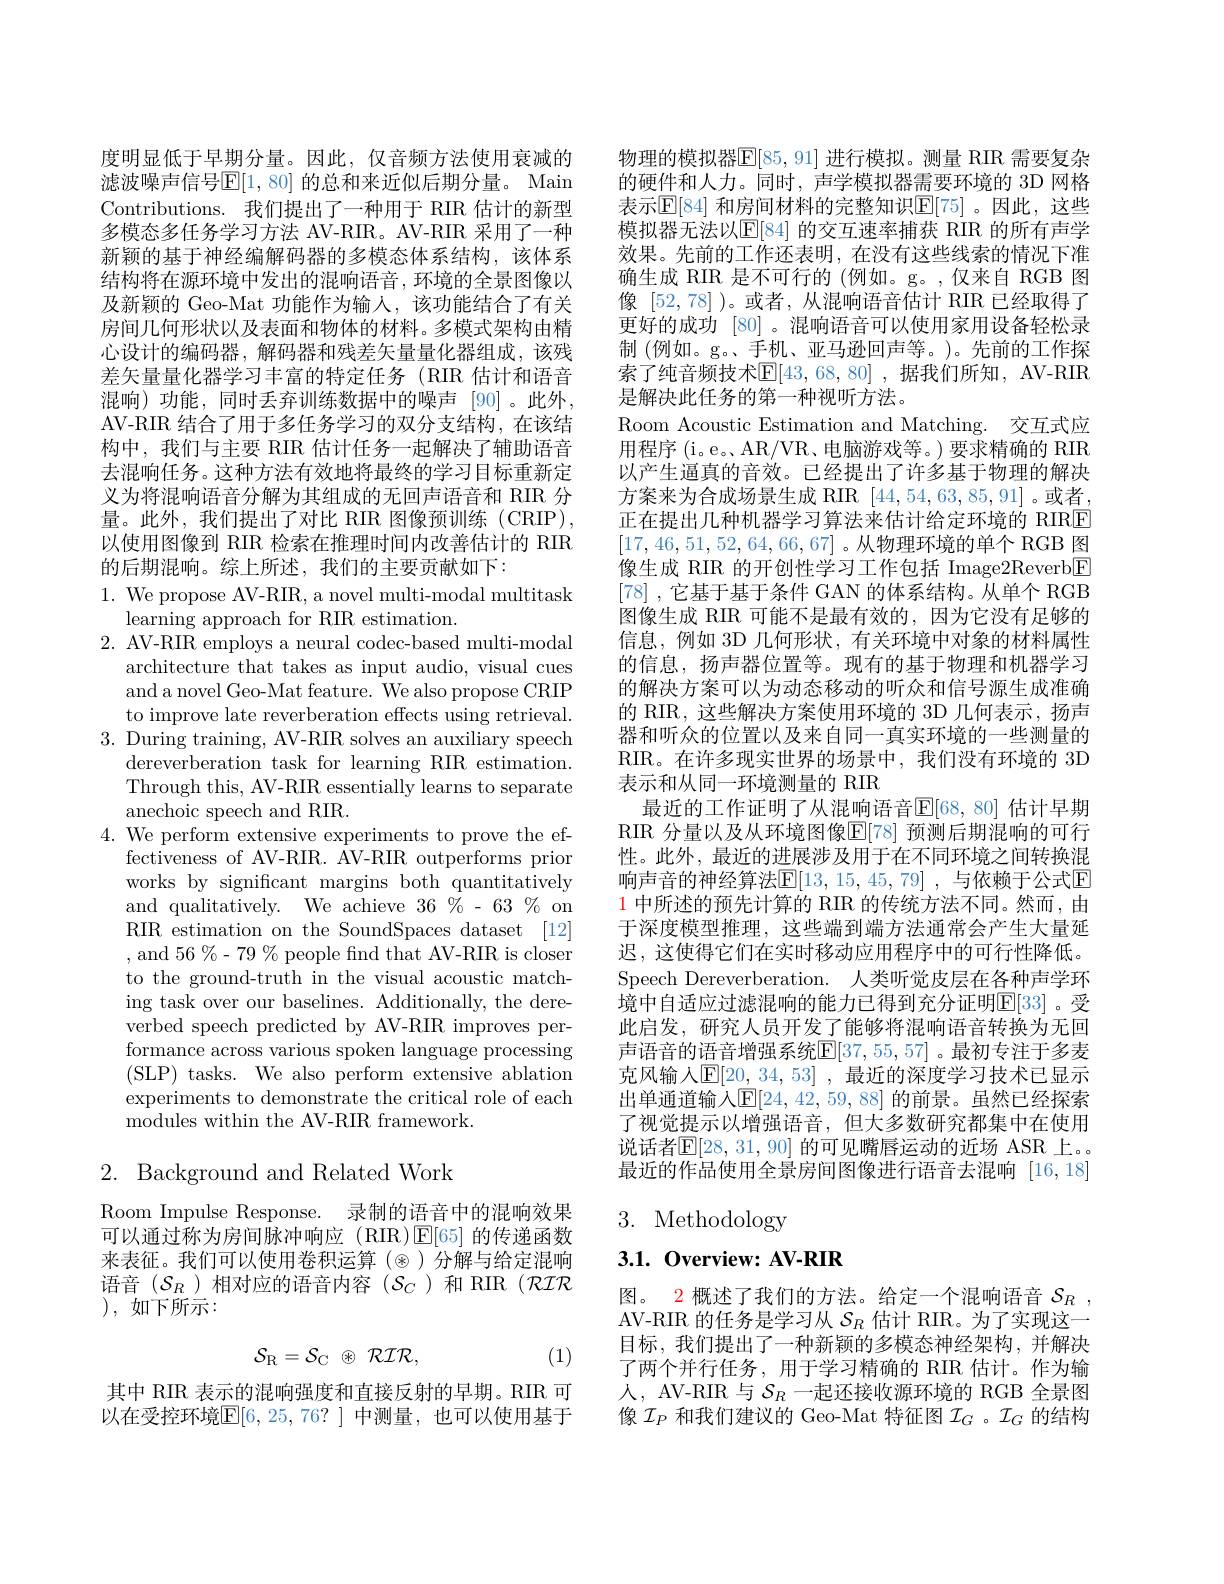
度明显低于早期分量。因此，仅音频方法使用衰减的滤波噪声信号$\mathbb{E}[1,80]$ 的总和来近似后期分量。Main Contributions. 我们提出了一种用于 RIR 估计的新型多模态多任务学习方法 AV-RIR。AV-RIR 采用了一种新颖的基于神经编解码器的多模态体系结构，该体系结构将在源环境中发出的混响语音，环境的全景图像以及新颖的 Geo-Mat 功能作为输入，该功能结合了有关房间几何形状以及表面和物体的材料。多模式架构由精心设计的编码器，解码器和残差矢量量化器组成，该残差矢量量化器学习丰富的特定任务(RIR 估计和语音混响)功能，同时丢弃训练数据中的噪声[90]。此外， AV-RIR 结合了用于多任务学习的双分支结构，在该结构中，我们与主要 RIR 估计任务一起解决了辅助语音去混响任务。这种方法有效地将最终的学习目标重新定义为将混响语音分解为其组成的无回声语音和 RIR 分量。此外，我们提出了对比 RIR 图像预训练 (CRIP), 以使用图像到 RIR 检索在推理时间内改善估计的 RIR 的后期混响。综上所述，我们的主要贡献如下：
1. We propose AV-RIR, a novel multi-modal multitask

learning approach for RIR estimation.
2. AV-RIR employs a neural codec-based multi-modal
architecture that takes as input audio, visual cues and a novel Geo-Mat feature. We also propose CRIP to improve late reverberation effects using retrieval.
3. During training, AV-RIR solves an auxiliary speech
dereverberation task for learning RIR estimation. Through this, AV-RIR essentially learns to separate anechoic speech and RIR.
4. We perform extensive experiments to prove the ef-
fectiveness of AV-RIR. AV-RIR outperforms prior works by significant margins both quantitatively and qualitatively. We achieve $36\%-63\%$on RIR estimation on the SoundSpaces dataset [12] , and 56 %- 79 % people find that AV-RIR is closer to the ground-truth in the visual acoustic matching task over our baselines. Additionally, the dereverbed speech predicted by AV-RIR improves performance across various spoken language processing (SLP) tasks. We also perform extensive ablation experiments to demonstrate the critical role of each modules within the AV-RIR framework.

# 2. Background and Related Work

Room Impulse Response. 录制的语音中的混响效果可以通过称为房间脉冲响应(RIR)$\operatorname{E}[65]$的传递函数来表征。我们可以使用卷积运算($\otimes)分解与给定混响$ 语音($\mathcal{S}_R$)相对应的语音内容($\mathcal{S}_C$)和 RIR(RIR ),如下所示：
$$\mathcal{S}_{\mathrm{R}}=\mathcal{S}_{\mathrm{C}}\:\otimes\:\mathcal{R}\mathcal{I}\mathcal{R},$$
(1)

其中 RIR 表示的混响强度和直接反射的早期。RIR 可以在受控环境$\mathbb{E}[6,25,76?]$ 中测量，也可以使用基于

物理的模拟器$\mathbb{E}[85,91]$ 进行模拟。测量 RIR 需要复杂的硬件和人力。同时，声学模拟器需要环境的 3D 网格表示$\mathbb{E}[84]$ 和房间材料的完整知识$\mathbb{E}[75]$ 。因此，这些模拟器无法以$\mathbb{E}[84]$ 的交互速率捕获 RIR 的所有声学效果。先前的工作还表明，在没有这些线索的情况下准确生成 RIR 是不可行的 (例如。g。,仅来自 RGB 图像[52,78] )。或者，从混响语音估计 RIR 已经取得了更好的成功 [80]。混响语音可以使用家用设备轻松录制 (例如。g。、手机、亚马逊回声等。)。先前的工作探索了纯音频技术$\mathbb{E}[43,68,80]$,据我们所知，AV-RIR 是解决此任务的第一种视听方法。
Room Acoustic Estimation and Matching. 交互式应用程序 (i。e。、AR/VR、电脑游戏等。) 要求精确的 RIR 以产生逼真的音效。已经提出了许多基于物理的解决方案来为合成场景生成 RIR [44,54,63,85,91]。或者， 正在提出几种机器学习算法来估计给定环境的 RIRE [17,46,51,52,64,66,67]。从物理环境的单个 RGB 图像生成 RIR 的开创性学习工作包括 Image2Reverb$\boxed{\mathrm{F}}$ [78] ,它基于基于条件 GAN 的体系结构。从单个 RGB 图像生成 RIR 可能不是最有效的，因为它没有足够的信息，例如 3D 几何形状，有关环境中对象的材料属性的信息，扬声器位置等。现有的基于物理和机器学习的解决方案可以为动态移动的听众和信号源生成准确的 RIR, 这些解决方案使用环境的 3D 几何表示，扬声器和听众的位置以及来自同一真实环境的一些测量的RIR。在许多现实世界的场景中，我们没有环境的 3D 表示和从同一环境测量的 RIR
最近的工作证明了从混响语音$\mathbb{E}[68,80]$ 估计早期RIR 分量以及从环境图像$\mathbb{E}[78]$ 预测后期混响的可行性。此外，最近的进展涉及用于在不同环境之间转换混响声音的神经算法$\mathbb{E}[13,15,45,79]$ ,与依赖于公式$\mathbb{E}$ $\color{red}{1\text{ 中所述的预先计算的 RIR 的传统方法不同。然而，由}}$ 于深度模型推理，这些端到端方法通常会产生大量延迟，这使得它们在实时移动应用程序中的可行性降低。Speech Dereverberation. 人类听觉皮层在各种声学环境中自适应过滤混响的能力已得到充分证明$\mathbb{E}[33]$。受此启发，研究人员开发了能够将混响语音转换为无回声语音的语音增强系统$\mathbb{E}[37,55,57]$。最初专注于多麦克风输入E[ 20, 34, 53] , 最近的深度学习技术已显示出单通道输入$\mathbb{E}[24,42,59,88]$ 的前景。虽然已经探索了视觉提示以增强语音，但大多数研究都集中在使用说话者$\mathbb{E}[28,31,90]$ 的可见嘴唇运动的近场 ASR 上。最近的作品使用全景房间图像进行语音去混响[16,18]

# 3. Methodology

$3. 1. \textbf{ Overview: AV- RIR}$

图。2 概述了我们的方法。给定一个混响语音$\mathcal{S}_R$, AV-RIR 的任务是学习从$S_R$估计 RIR。为了实现这一目标，我们提出了一种新颖的多模态神经架构，并解决了两个并行任务，用于学习精确的 RIR 估计。作为输人，AV-RIR 与$\mathcal{S}_R$一起还接收源环境的 RGB 全景图像$\mathcal{I}_P$和我们建议的 Geo-Mat 特征图$\mathcal{I}_G$ 。$\mathcal{I}_G$的结构